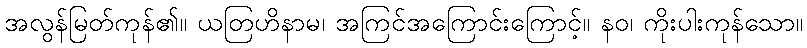
အလွန်မြတ်ကုန်၏။ ယတြဟိနာမ၊ အကြင်အကြောင်းကြောင့်။ နဝ၊ ကိုးပါးကုန်သော။